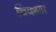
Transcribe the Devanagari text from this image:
चिकणा